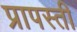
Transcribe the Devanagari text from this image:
प्रापस्ती